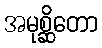
အမုစ္ဆိတော